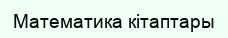
Математика кітаптары